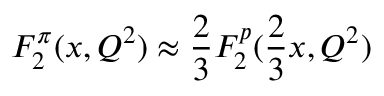
F _ { 2 } ^ { \pi } ( x , Q ^ { 2 } ) \approx \frac { 2 } { 3 } F _ { 2 } ^ { p } ( \frac { 2 } { 3 } x , Q ^ { 2 } )